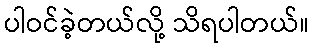
ပါဝင်ခဲ့တယ်လို့ သိရပါတယ်။